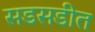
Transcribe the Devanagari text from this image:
सडसडीत